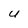
Character: U